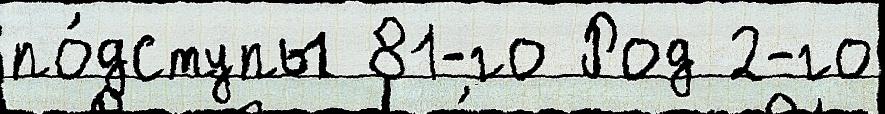
по́дступы 81-го Род 2-го